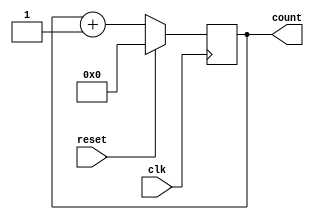
module synchronous_counter (
    input wire clk,        // Clock input
    input wire reset,      // Asynchronous reset input
    output reg [3:0] count // 4-bit counter output
);

// Initial block to set the initial state of the counter
initial begin
    count = 4'b0000; // Initialize count to 0
end

// Always block sensitive to the positive edge of the clock
always @(posedge clk) begin
    if (reset) begin
        // Reset condition: set count to 0
        count <= 4'b0000;
    end else begin
        // Increment the counter on each clock cycle
        count <= count + 1;
    end
end

endmodule